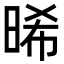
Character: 晞